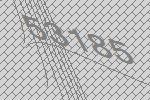
53185